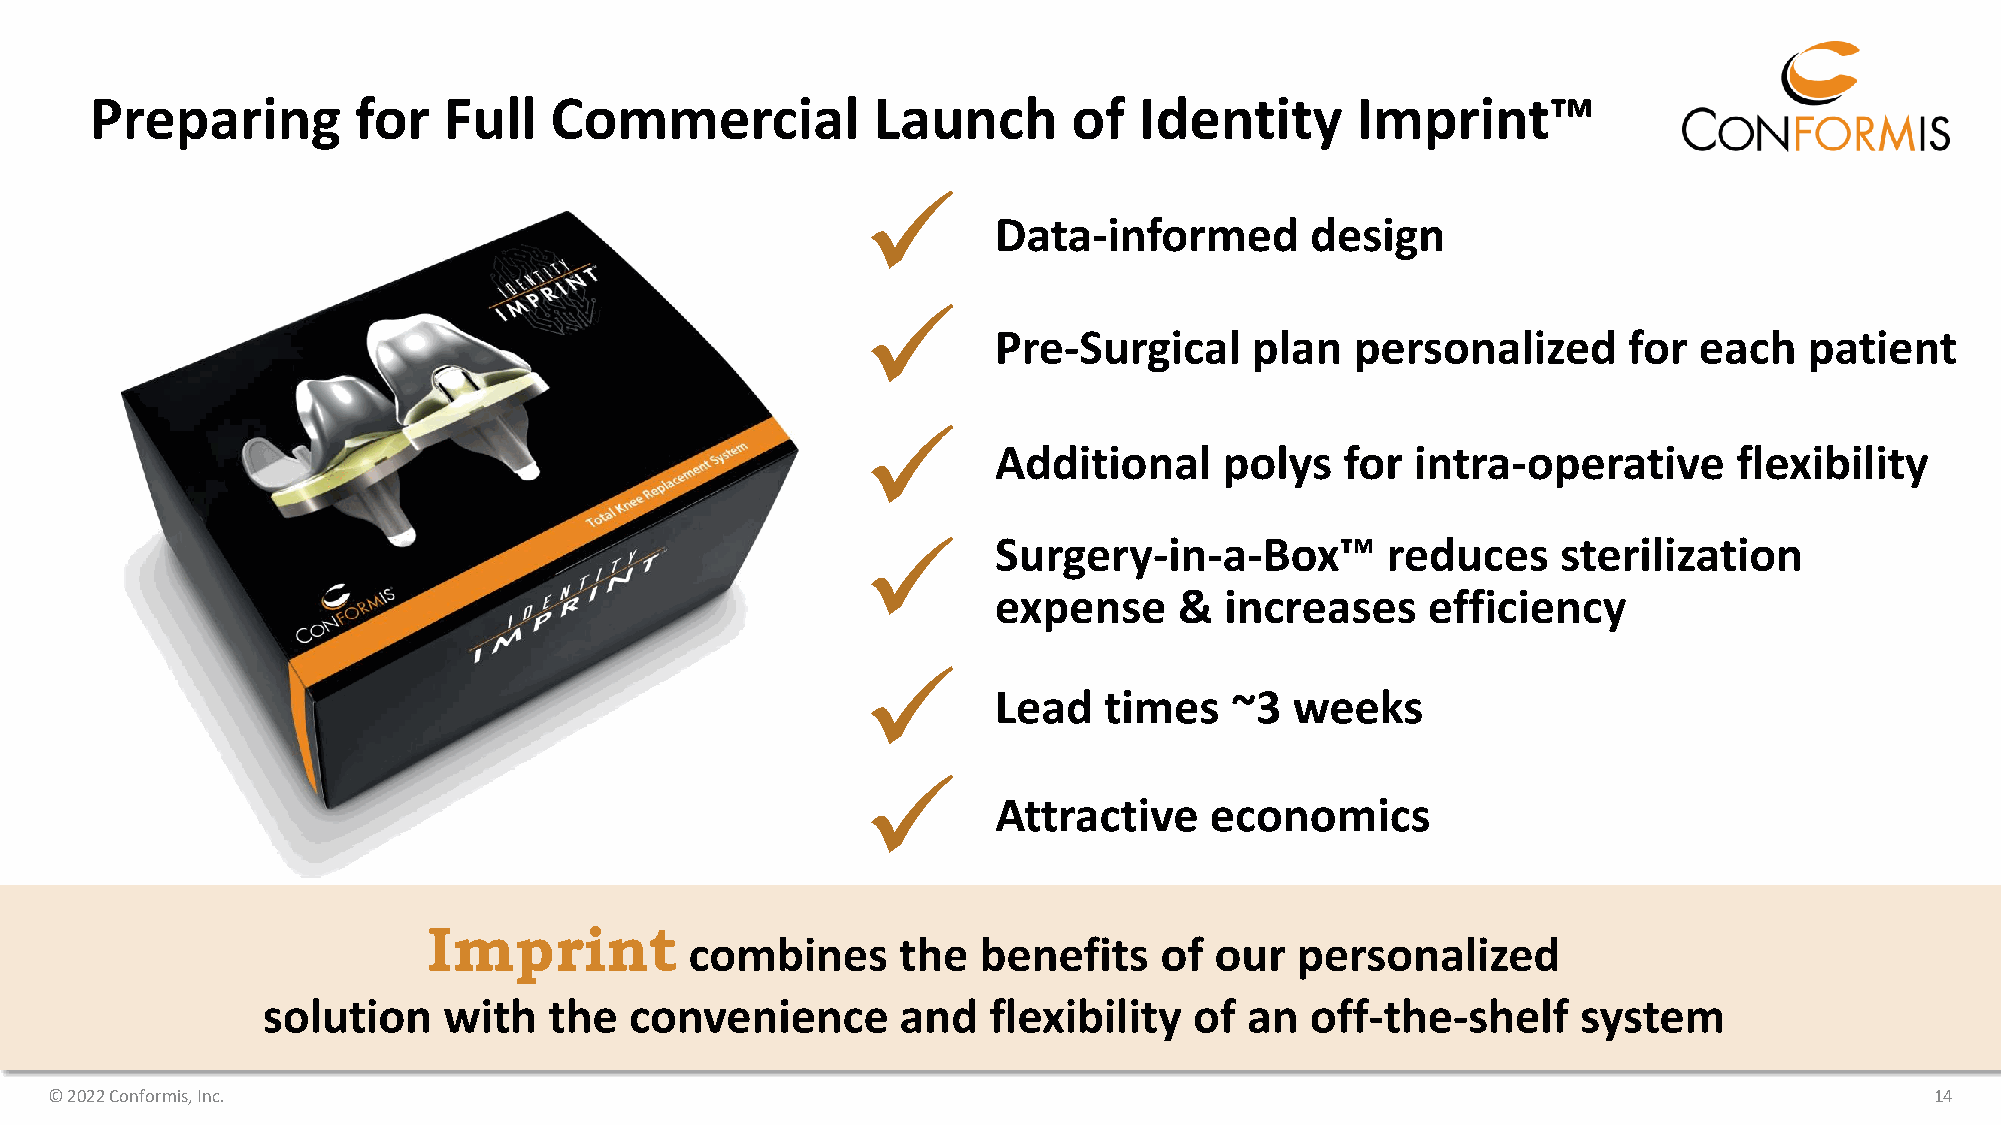
Preparing         for  Full   Commercial            Launch       of  Identity       Imprint™
 ✓
 Data-informed        design
 ✓
 Pre-Surgical     plan   personalized      for each    patient
 ✓
 Additional     polys   for  intra-operative      flexibility
 ✓        Surgery-in-a-Box™         reduces    sterilization
 expense     &  increases    efficiency
 ✓
 Lead   times   ~3   weeks
 ✓
 Attractive    economics
 Imprint
 combines      the  benefits    of our   personalized
 solution    with   the   convenience       and  flexibility   of  an  off-the-shelf     system
 © 2022 Conformis, Inc.                                                                                                       14